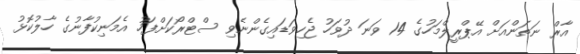
އާރް ނަތަންއަށް އޭޕްރީލްމަހުގެ 14 ވަނަ ދުވަހު ޖެހިވަޑައިގެންނެވި ސްޓްރޯކަށްފަހު އެމަނިކުފާނުގެ ހާލުކޮޅު